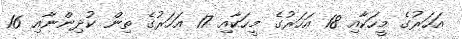
އަހަރުގެ މީހަކާއި 18 އަހަރުގެ މީހަކާއި 17 އަހަރުގެ ތިން ކުދިންނާއި 16